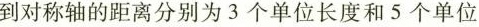
到对称轴的距离分别为3个单位长度和5个单位